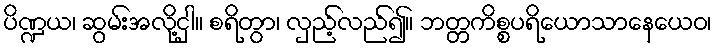
ပိဏ္ဍယ၊ ဆွမ်းအလို့ငှါ။ စရိတွာ၊ လှည့်လည်၍။ ဘတ္တကိစ္စပရိယောသာနေယေဝ၊